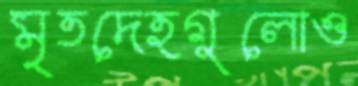
মৃতদেহগুলোও